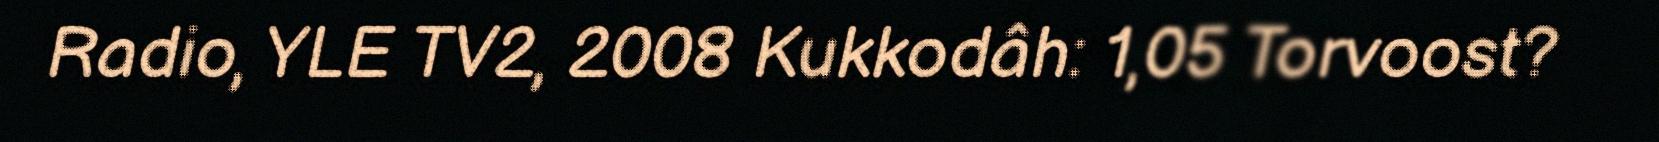
Radio, YLE TV2, 2008 Kukkodâh: 1,05 Torvoost?